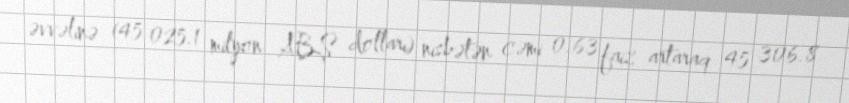
əvvəlinə (45 025.1 milyon ABŞ dolları) nisbətən cəmi 0.63 faiz artaraq 45 306.8